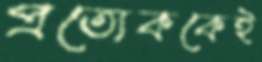
প্রত্যেককেই